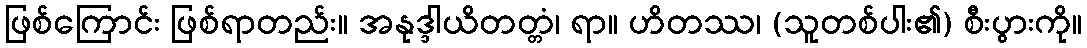
ဖြစ်ကြောင်း ဖြစ်ရာတည်း။ အနုဒ္ဒါယိတတ္တံ၊ ရာ။ ဟိတဿ၊ (သူတစ်ပါး၏) စီးပွားကို။